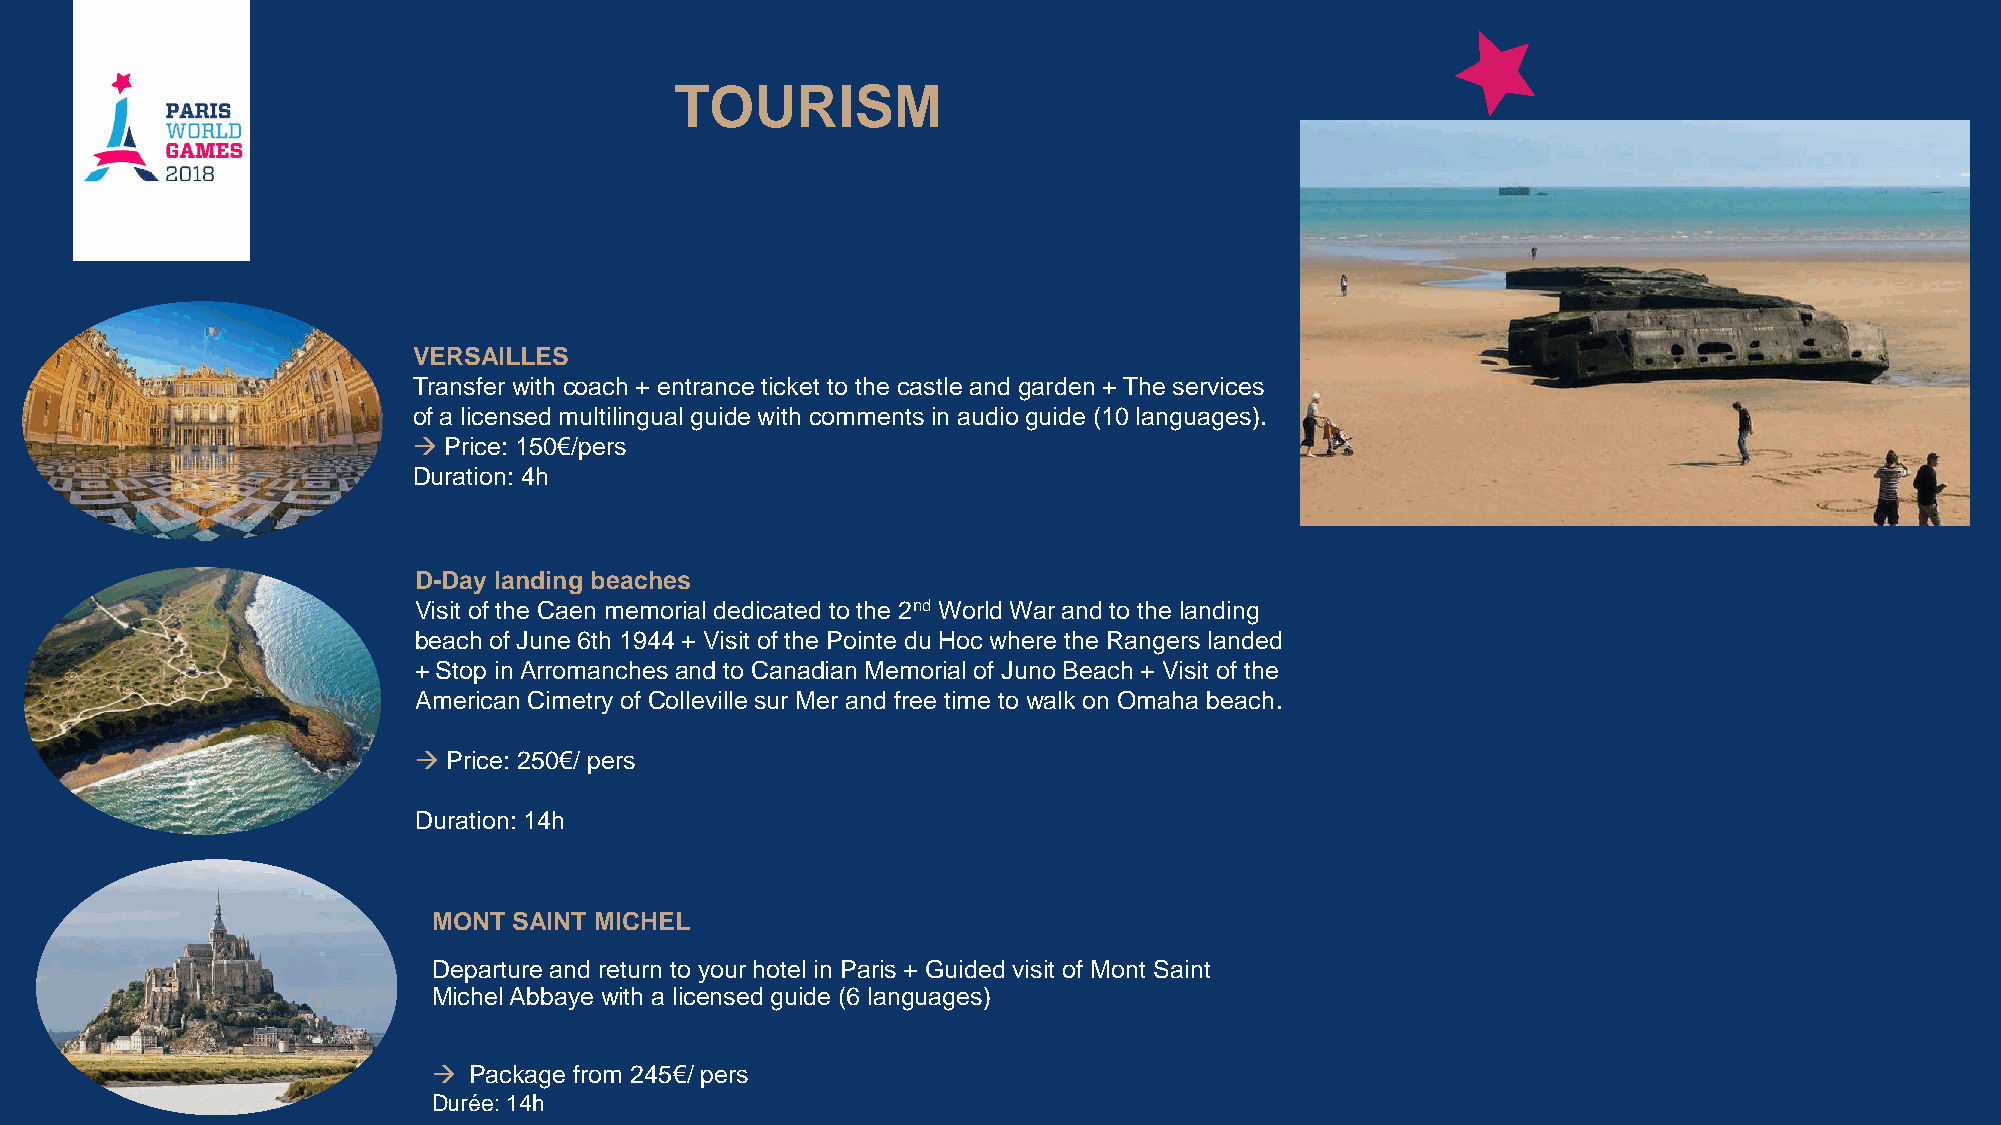
TOURISM
 VERSAILLES
 Transfer with coach + entrance ticket to the castle and garden + The services
 of a licensed multilingual guide with comments in audio guide (10 languages).
  Price: 150€/pers
 Duration: 4h
 D-Day landing beaches
 Visit of the Caen memorial dedicated to the 2nd World War and to the landing
 beach of June 6th 1944 + Visit of the Pointe du Hoc where the Rangers landed
 + Stop in Arromanches and to Canadian Memorial of Juno Beach + Visit of the
 American Cimetry of Colleville sur Mer and free time to walk on Omaha beach.
   Price: 250€/ pers
 Duration: 14h
 MONT SAINT MICHEL
 Departure and return to your hotel in Paris + Guided visit of Mont Saint
 Michel Abbaye with a licensed guide (6 languages)
  Package from 245€/ pers
 Durée: 14h